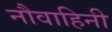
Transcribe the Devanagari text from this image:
नौवाहिनी